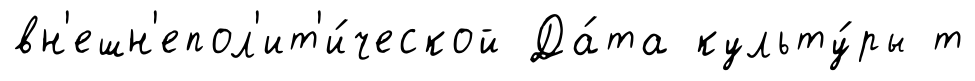
вн'ешн'епол'ит'и́ческой Да́та культу́ры т